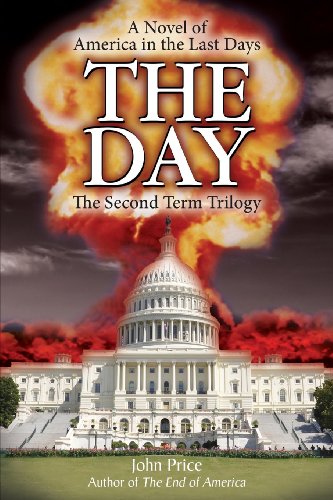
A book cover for THE DAY; John Price; Religion & Spirituality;